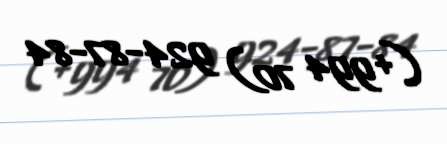
(+994 70) 924-87-84